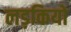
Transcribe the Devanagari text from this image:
लड़कियो